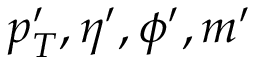
p _ { T } ^ { \prime } , \eta ^ { \prime } , \phi ^ { \prime } , m ^ { \prime }